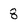
Character: 8